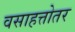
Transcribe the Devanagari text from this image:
वसाहत्तोतर